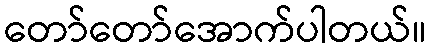
တော်တော်အောက်ပါတယ်။